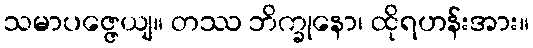
သမာပဇ္ဇေယျ။ တဿ ဘိက္ခုနော၊ ထိုရဟန်းအား။